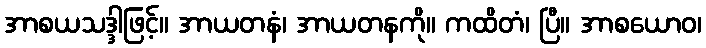
အာစယသဒ္ဒါဖြင့်။ အာယတနံ၊ အာယတနကို။ ကထိတံ၊ ပြီ။ အာစယောဝ၊